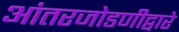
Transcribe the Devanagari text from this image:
आंतरजोडणीद्वारे